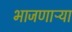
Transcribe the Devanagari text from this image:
भाजणाऱ्या